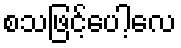
စသဖြင့်ပေါ့လေ